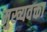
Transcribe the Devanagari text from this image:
मुख्यवक्ता